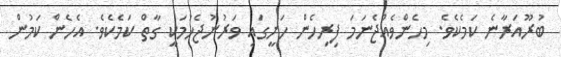
ބުރޫއަރާނެ ކަމެކެވެ. މިހެންވެއްޖެނަމަ ފިރިހެން ހަށީގައި ވަރުނުޖެހުމަކީ ގާތް ކަމެކެވެ. އެހެން ކަމުން